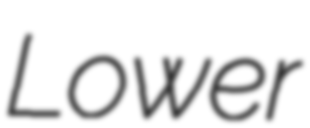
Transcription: Lower